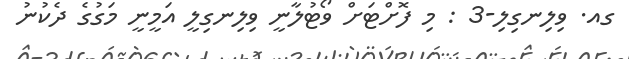
ގއ. ވިލިނގިލި-3 : މި ފޮށްޓަށް ވޯޓުލާނީ ވިލިނގިލީ އަމީނީ މަގުގެ ދެކުނު